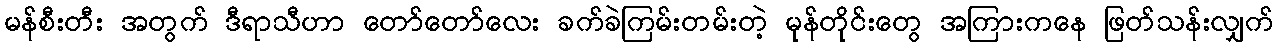
မန်စီးတီး အတွက် ဒီရာသီဟာ တော်တော်လေး ခက်ခဲကြမ်းတမ်းတဲ့ မုန်တိုင်းတွေ အကြားကနေ ဖြတ်သန်းလျှက်